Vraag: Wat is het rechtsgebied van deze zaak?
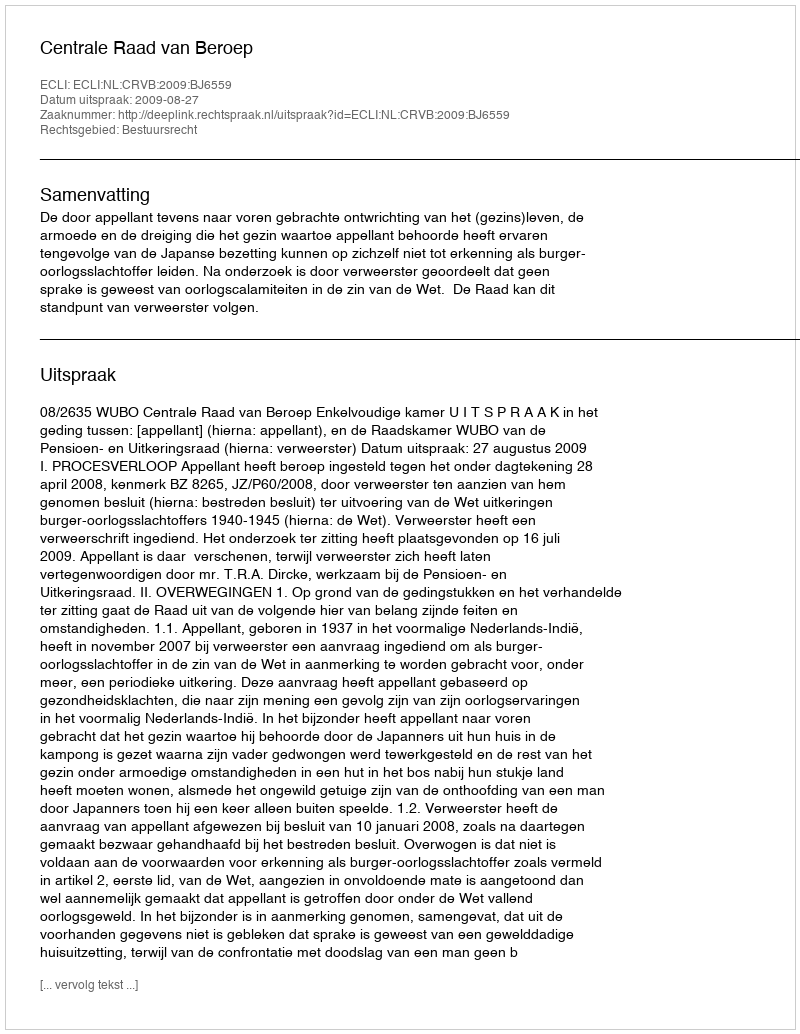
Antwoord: Bestuursrecht